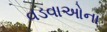
વડવાઓના